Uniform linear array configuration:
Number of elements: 4
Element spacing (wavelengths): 0.5
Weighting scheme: hamming
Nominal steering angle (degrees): -15
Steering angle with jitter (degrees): -14.476
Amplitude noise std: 0.05
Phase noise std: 0.05

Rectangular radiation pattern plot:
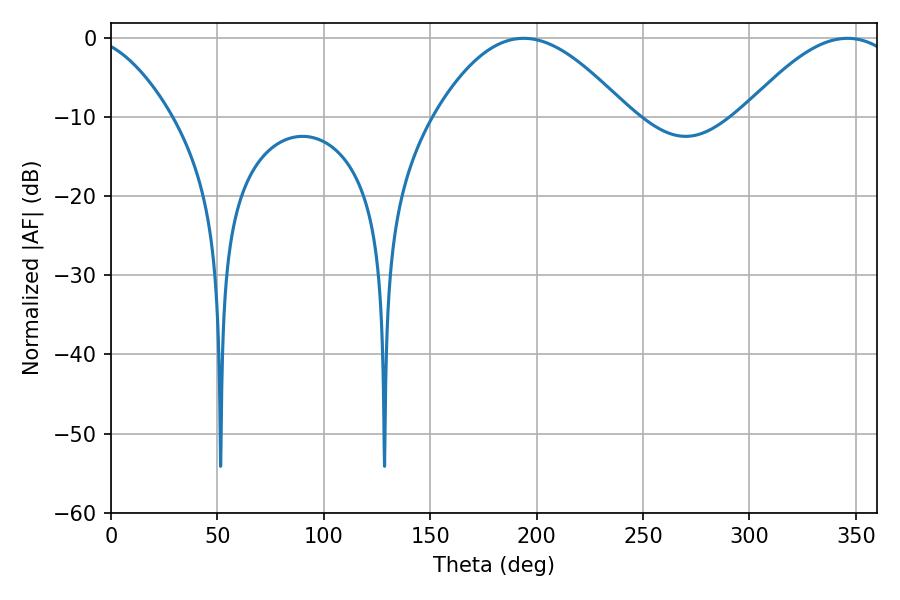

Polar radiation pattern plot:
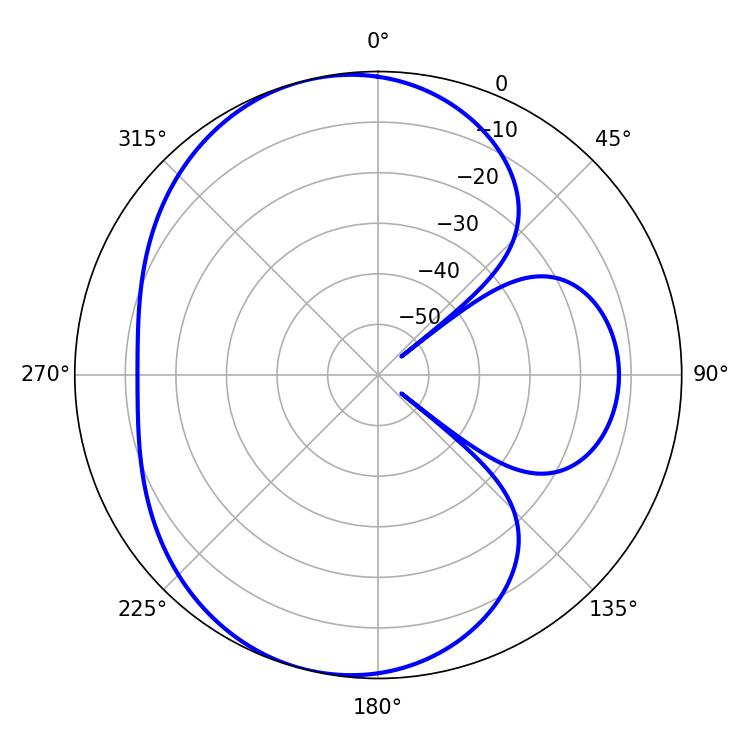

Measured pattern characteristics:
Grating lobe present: FALSE
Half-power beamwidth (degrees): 49.32
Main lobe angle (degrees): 193.86